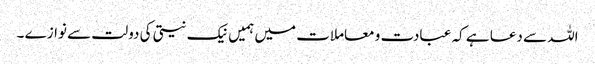
اللہ سے دعا ہے کہ عبادت و معاملات میں ہمیں نیک نیتی کی دولت سے نوازے ۔